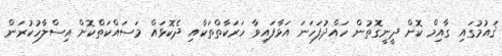
ޤައުމުގައި ގާއިމް ކޮށް ދީނީގޮތުން ހައްދުފަހަނަ އަޅާފައިވާ ހަރަކާތްތަކާއި ދެކޮޅައް މަސައްކަތްކޮށް އިސްލާހުކުރަން